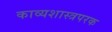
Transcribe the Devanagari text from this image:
काव्यशास्त्रपरक